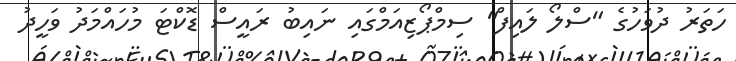
ހަތަރު ދުވަހުގެ "ސްލޯ ލައިފް" ސިމްޕޯޒިއަމްގައި ނައިބު ރައީސް ޑޮކްޓަ މުހައްމަދު ވަހީދު